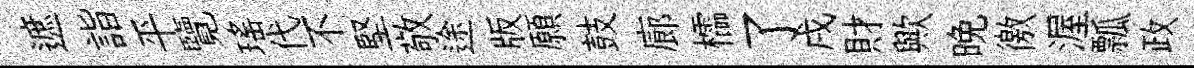
遮詣平覽瑤代不堅敬途版願鼓廊櫺了戌財歟晚徼渥瓢政